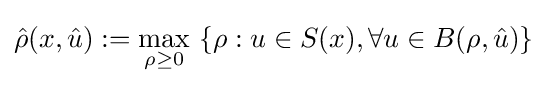
{\hat {\rho }}(x,{\hat {u}}):=\max _{\rho \geq 0}\ \{\rho :u\in S(x),\forall u\in B(\rho ,{\hat {u}})\}